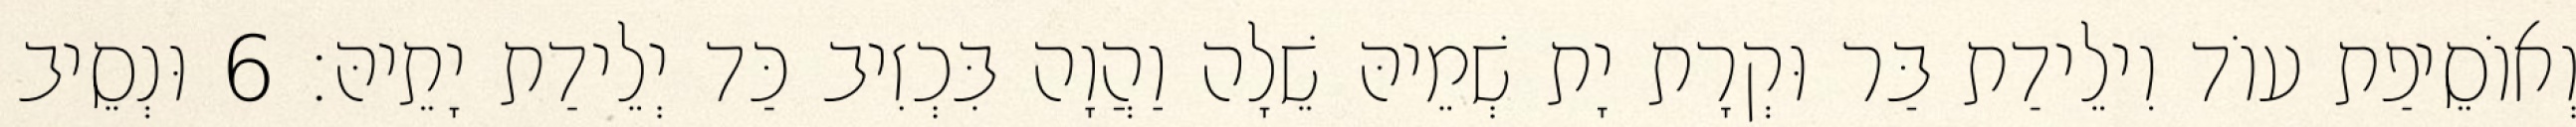
וְאוֹסֵיפַת עוֹד וִילֵידַת בַּר וּקְרָת יָת שְׁמֵיהּ שֵׁלָה וַהֲוָה בִּכְזִיב כַּד יְלֵידַת יָתֵיהּ׃ 6 וּנְסֵיב